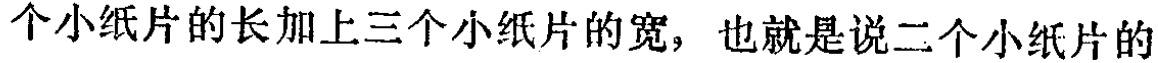
个小纸片的长加上三个小纸片的宽，也就是说二个小纸片的